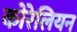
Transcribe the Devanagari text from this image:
कोरेलियन